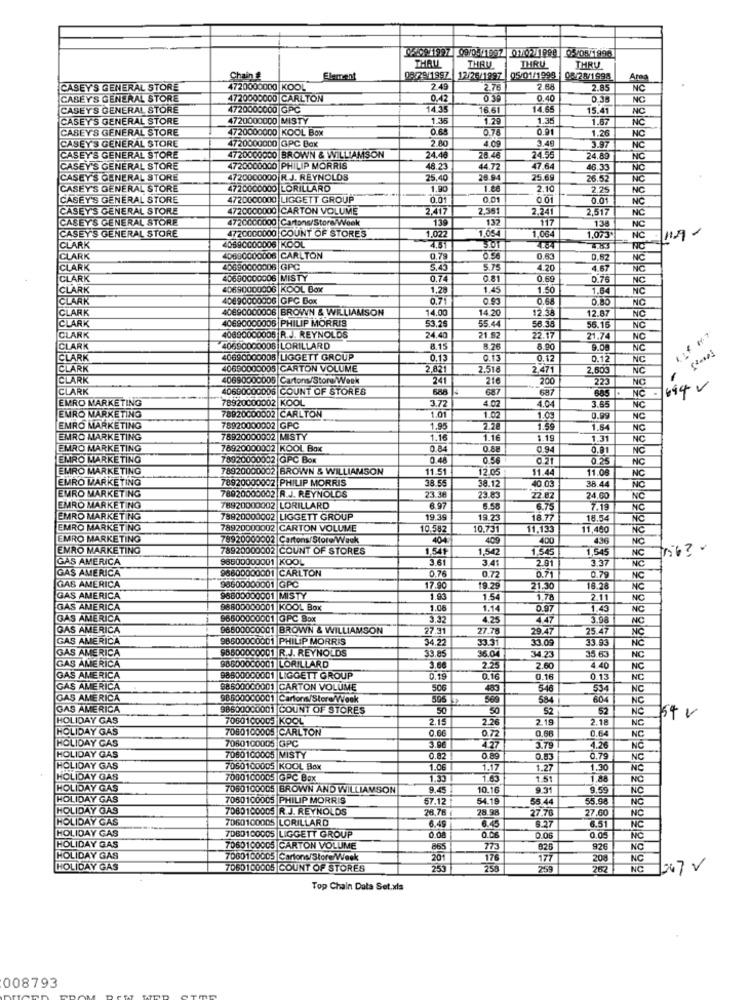
09199/ 09/05/1997 01021999 05/08/1996
THALL
THRU
THRU
THRU
Chain &
Element
08/29/1997
12/26/1997
05/01/1993
02/28/1998
CASEY'S GENERAL STORE
4720000000 KOOL
2.49
2.76
2.68
2.85
CABEY'S GENERAL STORE
4720000000 CARLTON
0.42
0 39
0.40
0.35
CASEY'S GENERAL STORE
4720000000 GPC
14.35
16.61
14.65
15.41
NC
CASEY'S GENERAL STORE
4720000000 MISTY
1.35
1.29
1.35
1.67
NC
CASEY'S GENERAL STORE
4720000000 KOOL Box
0.78
0.91
1.26
NG
2.80
3.97
CASEY'S GENERAL STORE
4720000000 GPC Box
4.09
3.49
NC
CASEY'S GENERAL STORE
4720000000 BROWN & WILLIAMSON
24.48
28.46
24.55
24.69
NC
CASEY'S GENERAL STORE
4720000000 PHILIP MORRIS
48.23
44.72
47.64
46.33
NO
CASEY'S GENERAL STORE
4720000000 R.J. REYNOLDS
25.40
26.94
25.6
26.52
INC
CASEY'S GENERAL STORE
4720000000 LORILLARD
1.90
2.10
2.25
NC
CASEY'S GENERAL STORE
4720000000 LIGGETT GROUP
0.01
0.01
0.01
NC
CASEY'S GENERAL STORE
4720000000 CARTON VOLUME
2,417
2.351
2,241
2.517
NC
CASEY'S GENERAL STORE
4720000000 Cartons/Store/Week
139
132
117
138
NC
4720000000 COUNT OF STORES
CASEY'S GENERAL STORE
40690000006 |KOOL
1.022
1.054
301
1,064
1,073
NC
CLARK
4.84
CLARK
40630000006 CARLTON
0.79
0.56
0.63
0.82
NC
CLARK
40690000006 GPC
5.43
5.75
4.20
4.67
NC
CLARK
40650000006 |MISTY
0.74
0.81
0.60
0.76
NC
CLARK
40690000006 |KOOL Box
1.29
1.45
1.50
1.64
CLARK
40690000006 GFC Box
0.71
0.93
0.65
0.80
CLARK
40690000006 BROWN & WILLIAMSON
14.00
4.20
12.58
12.87
NC
CLARK
40690000005 PHILIP MORRIS
53.26
$5.44
56.35
56.16
NC
CLARK
40690000006 R.J. REYNOLDS
24.40
21.92
22.17
21.74
NO
CLARK
40690000008 LORILLARD
815
8.26
8.90
9.08
NC
CLARK
40690000005 LIGGETT GROUP
0.13
0.13
0.12
0.12
NC
CLARK
40650000005 CARTON VOLUME
2,821
2.516
2,471
2.600
NC
CLARK
40690000005 Cartons/Store/Week
241
216
200
223
NC
CLARK
40690000006 COUNT OF STORES
687
687
685
NC
EMRO MARKETING
78920000002 KOOL
78920000002 CARLTON
3.72
4.02
4.04
3.55
NC
EMRO MARKETING
1.01
1.02
1.03
0.99
NC
EMRO MARKETING
76920000002 GPC
1.95
2.28
1.59
1.54
NC
EMRO MARKETING
78920000002 MISTY
1.16
1.16
1.19
1.31
NC
EMRO MARKETING
78920000002 KOOL Box
0.84
0.88
0.94
0.81
NC
EMRO MARKETING
78920000002 GPC Box
0.48
0.56
0.21
0.25
NC
EMRO MARKETING
78920000002 BROWN & WILLIAMSON
11.51
12.05
11.44
11.08
EMRO MARKETING
78920000002 PHILIP MORRIS
38.55
40 03
NC
EMRO MARKETING
78020000002 R.J. REYNOLDS
38.12
38.44
23.38
23.83
22.02
24.00
NO
EMRO MARKETING
78920000002 LORILLARD
6.97
6.75
7.19
NC
EMRO MARKETING
78920000002 LIGGETT GROUP
19.39
19.23
18.77
18.54
NC
EMRO MARKETING
78920000002 CARTON VOLUME
10.582
10.73
11,133
11,460
EMRO MARKETING
78920000002 Cartons/Store/Week
104
409
400
436
NIC
EMRO MARKETING
78920000002 COUNT OF STORES
,541
1.542
1,545
,545
GAS AMERICA
96500000001 KOOL
3.61
3.41
2.91
3.3
NC
GAS AMERICA
98800000001 CARLTON
0.76
0.71
NC
0.72
0.79
NC
GAS AMERICA
98600000001 GPC
17.90
19.29
21.30
18.28
NC
GAS AMERICA
96600000001 MISTY
1.93
1.54
1.78
2.11
NO
GAS AMERICA
98800000001 |KOOL Box
1.08
1.14
0.97
1.43
NC
GAS AMERICA
96500000001 GPC Box
3.32
4.25
447
3.08
GAS AMERICA
96500000001 BROWN & WILLIAMSON
27.31
27.78
29.47
25.47
NC
NO
GAS AMERICA
98800000001 PHILIP MORRIS
34.22
33.31
33.09
3.93
NC
GAS AMERICA
98600000001 |R.J. REYNOLDS
33.85
98600000001 LORILLARD
36.0
34.23
35.63
NC
GAS AMERICA
3.66
2.25
2.60
4.40
NC
GAS AMERICA
98500000001 |LIGGETT GROUP
0.19
0.16
0.16
0.13
NC
GAS AMERICA
88500000001 CARTON VOLUME
506
489
546
334
NC
GAS AMERICA
98500000001 Cartons/Store/Week
596
584
604
NC
GAS AMERICA
98500000001 COUNT OF STORES
50
50
52
52
NC
HOLIDAY GAS
7060100005 KOOL
2.15
2.26
219
2.18
NO
HOLIDAY GAS
7080100005 CARLTON
0.06
0.72
0,66
0.64
HOLIDAY GAS
7060100005 GPC
NC
3.98
4.27
3.79
4.26
NČ
HOLIDAY GAS
7060100005 MISTY
0.82
0 89
0.83
0.79
NC
HOLIDAY GAS
7050100005 |KOOL Box
1.06
1.17
1.27
1.30
NC
HOLIDAY GAS
7000100005 GPC Box
1.33
1.63
1.51
1.88
NC
HOLIDAY GAS
7060100005 BROWN AND WILLIAMSON
9.45
10.16
971
9.59
NC
HOLIDAY GAS
7060100005 PHILIP MORRIS
57.12
34.19
58.4
55.9
NC
HOLIDAY GAS
7060100005 R.J. REYNOLDS
28.78
28.98
27.76
27.60
HOL
HOLIDAY GAS
7060100005 LORILLARD
5.27
6.51
NC
HOLIDAY GAS
7DB0100005 LIGGETT GROUP
6.45
6.45
O.DE
INC
0.08
0.06
0.05
NC
HOLIDAY GAS
7060100005 CARTON VOLUME
865
77-
820
926
NC
HOLIDAY GAS
7060100005 Cartons/Store/Week
201
176
177
208
NC
HOLIDAY GAS
7060100005 COUNT OF STORES
253
258
262
NO
12.7 v
Top Chain Data Set.xls
008793